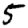
Digit: 5